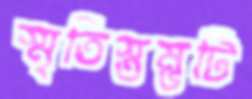
স্মৃতিস্তম্ভটি